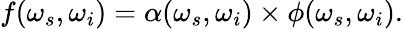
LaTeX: f(\omega_{s},\omega_{i})=\alpha(\omega_{s},\omega_{i})\times\phi(\omega_{s},\omega_{i}).